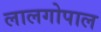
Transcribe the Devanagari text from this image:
लालगोपाल